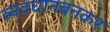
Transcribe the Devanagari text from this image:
व्यवधानबनकर